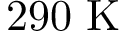
2 9 0 ~ \mathrm { K }